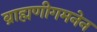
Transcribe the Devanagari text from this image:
ब्राह्मणीगमनेन